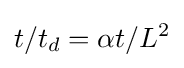
t/t_{d}=\alpha t/L^{2}